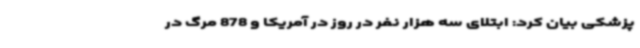
پزشکی بیان کرد: ابتلای سه هزار نفر در روز در آمریکا و 878 مرگ در